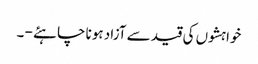
خواہشوں کی قید سے آزاد ہونا چاہئے - ۔